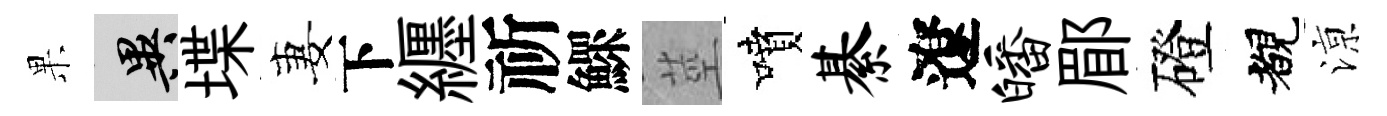
果异堞妻下纒祈鰥莖噴綦遼皤郿磴覩鿌